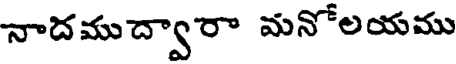
నాదముద్వారా మనోలయము